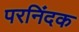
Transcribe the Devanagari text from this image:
परनिंदक